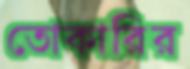
তোকারির